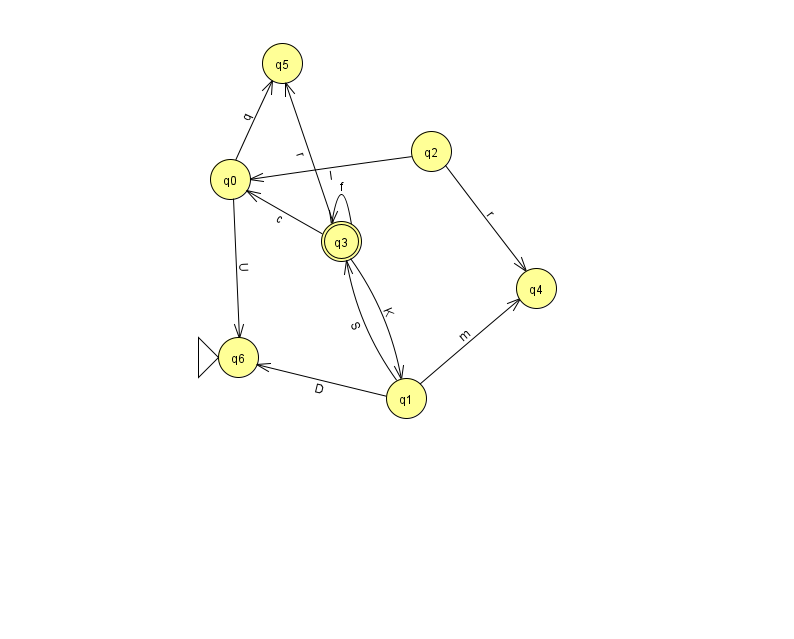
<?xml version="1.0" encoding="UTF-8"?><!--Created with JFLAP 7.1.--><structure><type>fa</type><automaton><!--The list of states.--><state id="0" name="q0"><x>230.0</x><y>166.0</y></state><state id="1" name="q1"><x>406.0</x><y>385.0</y></state><state id="2" name="q2"><x>431.0</x><y>138.0</y></state><state id="3" name="q3"><x>341.0</x><y>228.0</y><final/></state><state id="4" name="q4"><x>536.0</x><y>275.0</y></state><state id="5" name="q5"><x>282.0</x><y>50.0</y></state><state id="6" name="q6"><x>238.0</x><y>344.0</y><initial/></state><!--The list of transitions.--><transition><from>2</from><to>4</to><read>r</read></transition><transition><from>3</from><to>0</to><read>c</read></transition><transition><from>2</from><to>0</to><read>l</read></transition><transition><from>0</from><to>6</to><read>U</read></transition><transition><from>3</from><to>1</to><read>K</read></transition><transition><from>3</from><to>3</to><read>f</read></transition><transition><from>1</from><to>6</to><read>D</read></transition><transition><from>1</from><to>4</to><read>m</read></transition><transition><from>1</from><to>3</to><read>S</read></transition><transition><from>0</from><to>5</to><read>q</read></transition><transition><from>3</from><to>5</to><read>r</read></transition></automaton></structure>